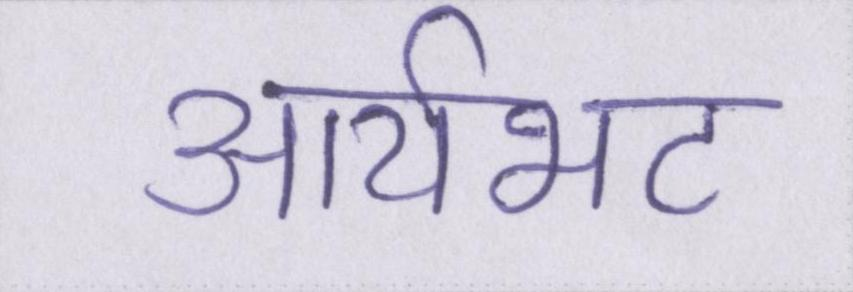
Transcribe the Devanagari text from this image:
आर्यभट